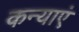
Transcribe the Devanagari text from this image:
कन्‍याएं